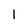
Character: l